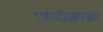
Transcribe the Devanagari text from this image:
एफटीआयआय